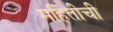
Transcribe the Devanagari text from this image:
महितीची